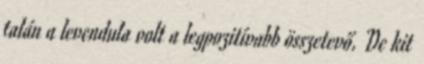
talán a levendula volt a legpozitívabb összetevő. De kit